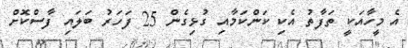
އެ މީހާއަކީ ތަފާތު އެކި ކަންކަމާއި ގުޅިގެން 25 ފަހަރު ބަލައި ފާސްކޮށް